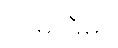
သမာဓိမှာ